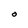
Character: O